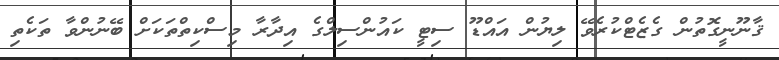
ޤާނޫނީގޮތުން ގެޒެޓްކުރެވޭ ލިޔުން އައްޑޫ ސިޓީ ކައުންސިލްގެ އިދާރާ މިސްކިތްތަކަށް ބޭނުންވާ ތަކެތި